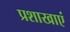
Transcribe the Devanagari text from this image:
प्रशाखाएं